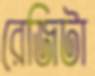
রেজিটা